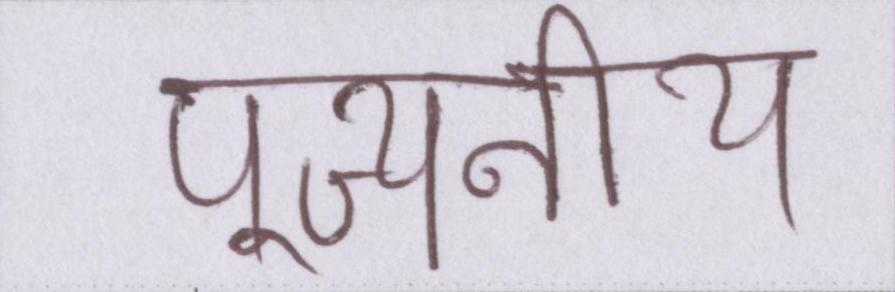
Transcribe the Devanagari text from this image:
पूज्यनीय